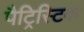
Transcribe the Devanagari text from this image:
पैट्रिस्टिक